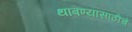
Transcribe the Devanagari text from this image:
थांबण्यासाठीचे